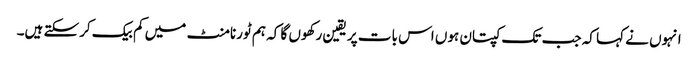
انہوں نے کہا کہ جب تک کپتان ہوں اس بات پر یقین رکھوں گا کہ ہم ٹورنامنٹ میں کم بیک کرسکتے ہیں۔